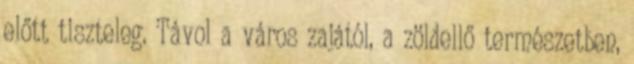
előtt tiszteleg. Távol a város zajától, a zöldellő természetben,